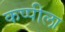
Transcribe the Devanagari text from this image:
कप्पीला